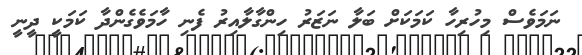
ނަމަވެސް މިހުރިހާ ކަމަކަށް ބަލާ ނަޒަރު ހިންގާލާއިރު ފެނި ހާމަވެގެންދާ ކަމަކީ ދީނީ